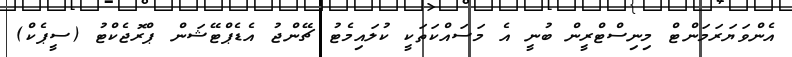
އެންވަޔަރަމަންޓް މިނިސްޓްރީން ބުނީ އެ މަސައްކަތަކީ ކުލައިމެޓު ޗޭންޖު އެޑެޕްޓޭޝަން ޕްރޮޖެކްޓު (ސީޕެކް)